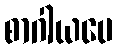
စာဂါယပေ